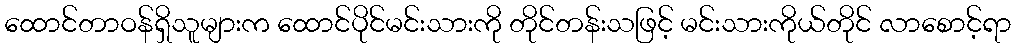
ထောင်တာဝန်ရှိသူများက ထောင်ပိုင်မင်းသားကို တိုင်တန်းသဖြင့် မင်းသားကိုယ်တိုင် လာစောင့်ရာ